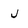
Character: j